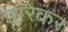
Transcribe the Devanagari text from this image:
डारेकर